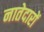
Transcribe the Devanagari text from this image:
नातेदारों